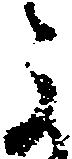
よ